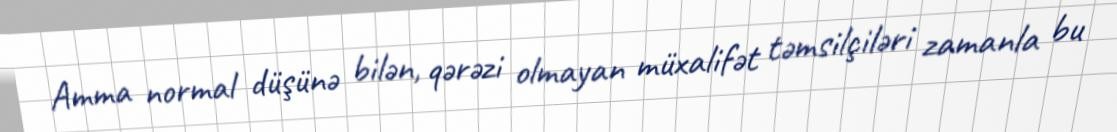
Amma normal düşünə bilən, qərəzi olmayan müxalifət təmsilçiləri zamanla bu